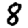
Digit: 8